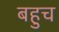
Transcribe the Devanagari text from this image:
बहुच